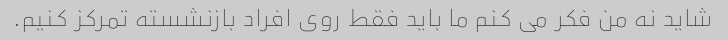
شاید نه من فکر می کنم ما باید فقط روی افراد بازنشسته تمرکز کنیم.